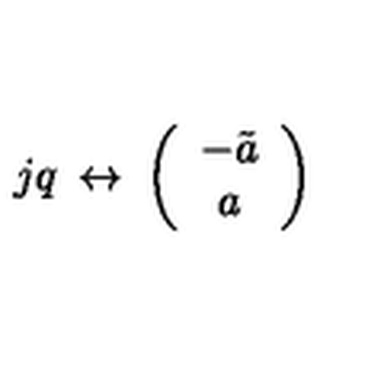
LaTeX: j q \: \leftrightarrow \: \left( \begin{array} { c } { - \tilde { a } } \\ { a } \\ \end{array} \right)